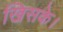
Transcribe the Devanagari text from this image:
खिसके।